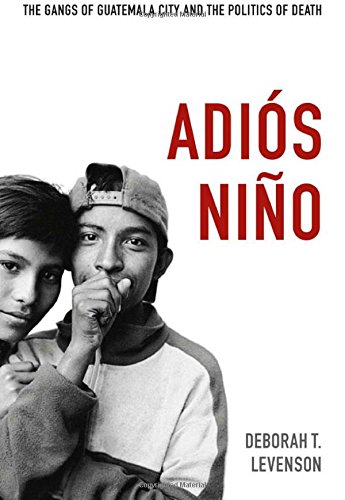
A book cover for AdiÃ³s NiÃ±o: The Gangs of Guatemala City and the Politics of Death; Deborah T. Levenson; History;